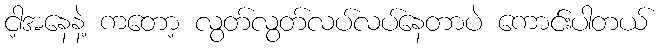
ငါ့အနေနဲ့ ကတော့ လွတ်လွတ်လပ်လပ်နေတာပဲ ကောင်းပါတယ်